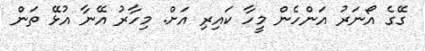
ގޭގެ އޯނަރު އަންހެން މީހާ ކައިރި އަށް. މިހާރު އޭނާ އުޅޭ ތަން